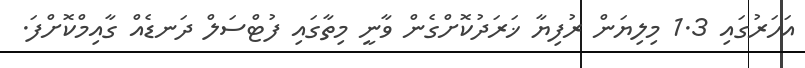
އަހަރުގައި 1.3 މިލިޔަން ރުފިޔާ ޚަރަދުކޮށްގެން ވާނީ މިތާގައި ފުޓްސަލް ދަނޑެއް ގާއިމްކޮށްފަ.